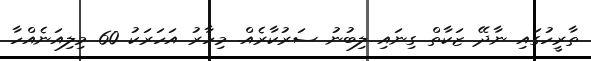
ތާރީހުގައި ނާދޭ ޒަކާތް ގިނައި ލިބުނު ސަރުކާރެއް. މިހާރު އަހަރަކު 60 މިލިއަނެއްހާ